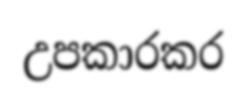
උපකාරකර